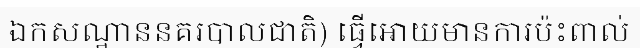
ឯកសណ្ឋាននគរបាលជាតិ) ធ្វើអោយមានការប៉ះពាល់